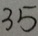
3 5